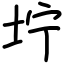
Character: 坾